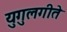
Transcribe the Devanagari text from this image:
युगुलगीते